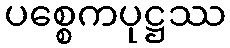
ပစ္စေကပုဋ္ဌဿ